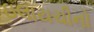
ઇલાયચીનો